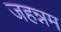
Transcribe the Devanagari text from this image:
जहन्नम